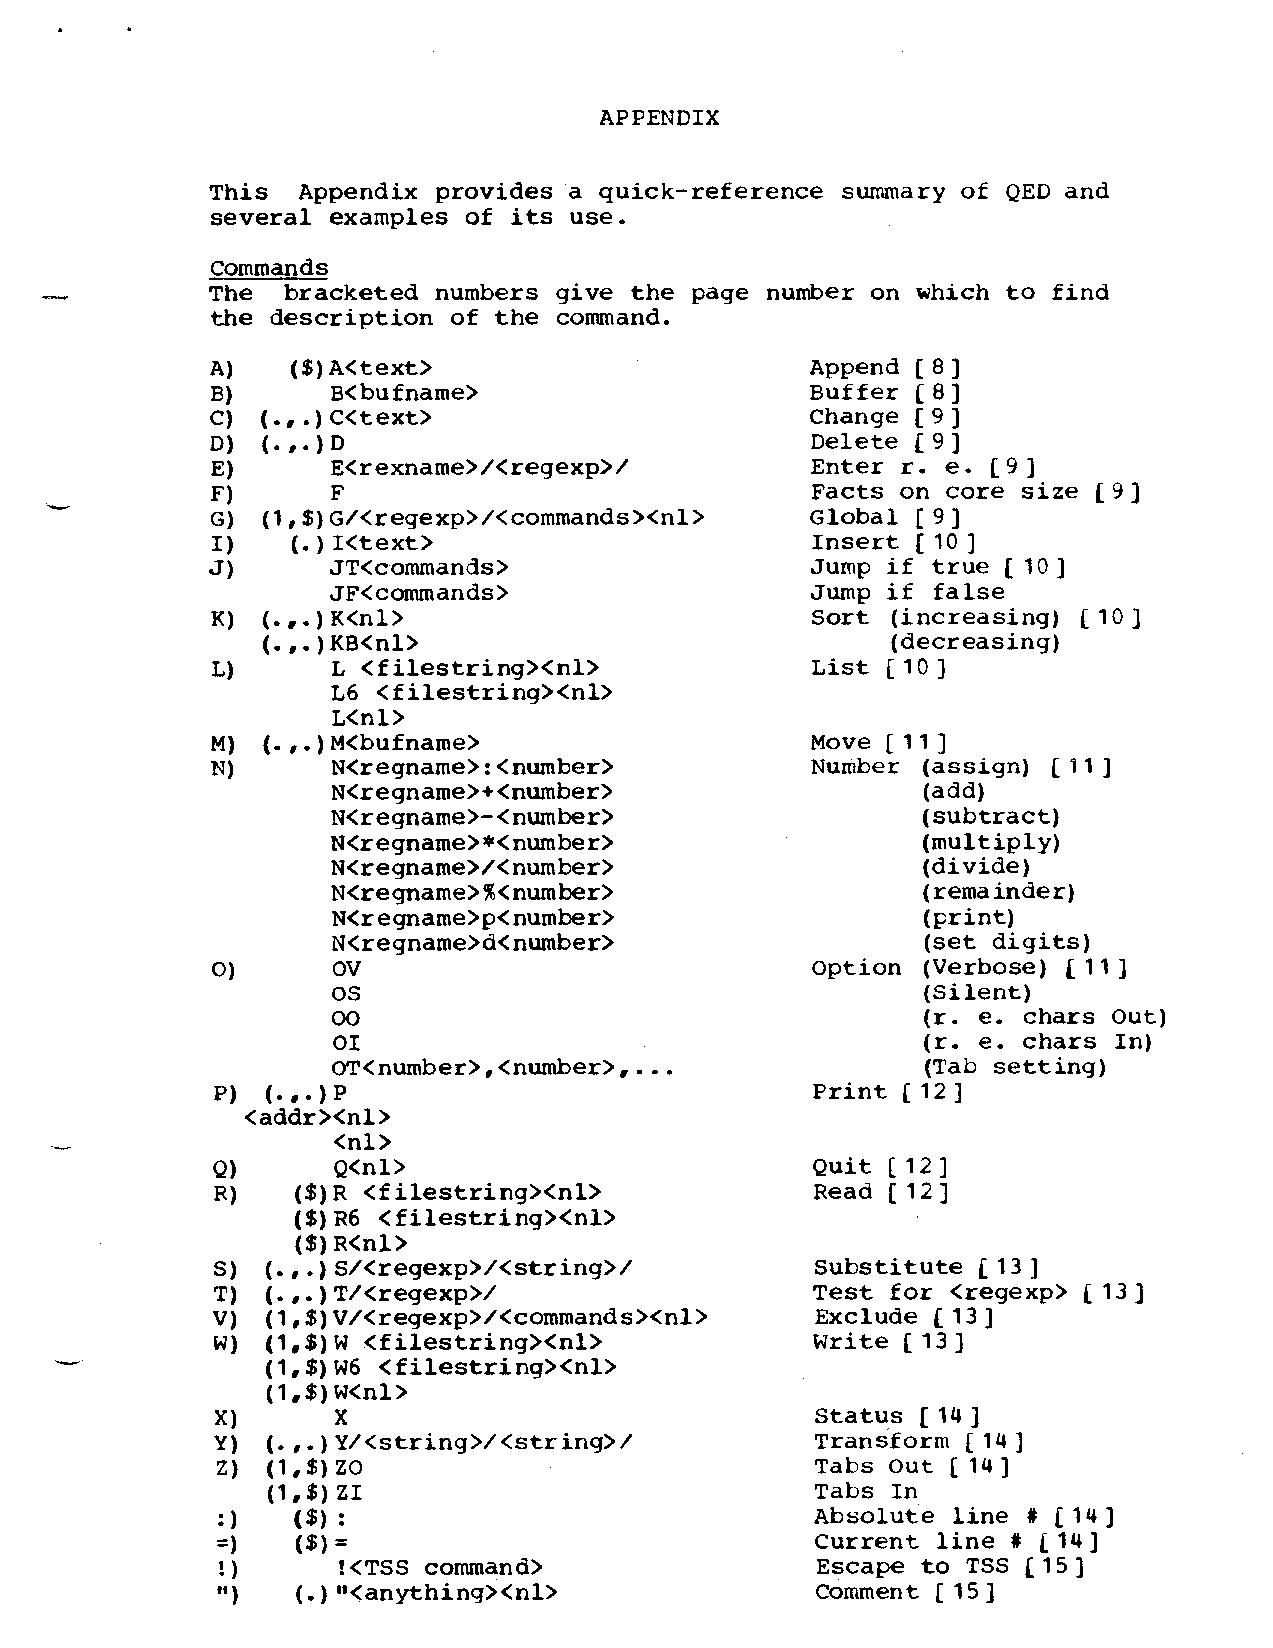
APPENDIX
 This  Appendix provides a quick-reference summary of QED and
 several examples of its use.
 Commands
 —          The  bracketed numbers give the page number on which to find
 the description of the command.
 A)   ($)A<text>                         Append [8]
 B)      B<bufname>                      Buffer [8]
 C) (.,.)C<text>                         Change [9]
 D) (.,.)D                               Delete C9]
 E)      E<rexname>/<regexp>/            Enter r. e. [9]
 F)      F                               Facts on core size [9]
 G) (l,$)G/<regexp>/<commands><nl>       Global [9]
 I)   (.)I<text>                         Insert [10]
 J)      JT<commands>                    Jump if true [10]
 JF<commands>                    Jump if false
 K) (.,.)K<nl>                           Sort (increasing) [10]
 (.,.)KB<nl>                               (decreasing)
 L)      L <filestring><nl>              List [10]
 L6 <filestring><nl>
 L<nl>
 M) (.,.)M<bufname>                      Move [n]
 N)      N<regname>:<number>             Number (assign) [11]
 N<regname>+<number>                    (add)
 N<regname>-<number>                    (subtract)
 N<regname>*<number>                    (multiply)
 N<regname>/<number>                    (divide)
 N<regname>%<number>                    (remainder)
 N<regname>p<number>                    (Frint)
 N<regname>d<number>                    (set digits)
 o)      Ov                              option (Verbose) [11]
 0s                                     (Silent)
 00                                     (r. e. chars Out)
 01                                     (r. e. chars In)
 0T<number>8<number>, ...               (Tab setting)
 P)  (.,.)P                              Print [12]
 <addr><nl>
 <nl>
 Q)      Q<nl>                           Quit [12]
 R)    ($)R <filestring><nl>             Read [12]
 ($)R6 <filestring><nl>
 ($)R<nl>
 S)  (.,.)S/<regexp>/<string>/           Substitute [13]
 T)  (.,.)T/<regexp>/                    Test for <regexp> [13]
 V)  (l,$)V/<regexp>/<commands><nl>      Exclude [13]
 W)  (l,$)W <filestring><nl>             Write [13]
 -
 (1,$)w6 <filestring><nl>
 (l,$)W<nl>
 x)      x                               Status [14]
 Y)  (.,.)Y/<string>/<string>/           Transform [14]
 z)  (I,$)zo                             Tabs Out [14]
 (l,$)ZI                             Tabs In
 :)   ($):                               Absolute line # [14]
 =     ($)=                              Current line # [14]
 !;     !<TSS command>                  Escape to TSS [15]
 # )t  (.)’’<anything><nl>               Comment [15]